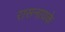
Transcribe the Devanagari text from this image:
रासनायके